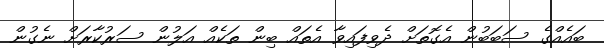
ބައެއްގެ ސަބަބުން އެގޮތަށް ދެވިފައިވާ އެތައް ބިން ތަކެއް އަލުން ސަރުކާރަށް ނެގުން